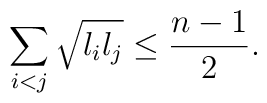
\sum_{i<j} \sqrt{l_i l_j} \leq \frac{n-1}{2}.